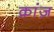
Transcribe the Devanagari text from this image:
क्रांज़